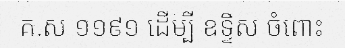
គ.ស ១១៩១ ដើម្បី ឧទ្ទិស ចំពោះ